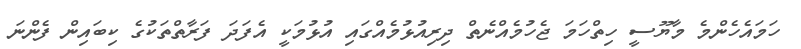
ހަމައެހެންމެ މާޔޫސީ ހިތްހަމަ ޖެހުމެއްނެތް ދިރިއުޅުމެއްގައި އުޅުމަކީ އެފަދަ ފަރާތްތަކުގެ ކިބައިން ފެންނަ